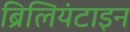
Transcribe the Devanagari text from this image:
ब्रिलियंटाइन